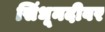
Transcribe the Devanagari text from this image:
सिंधूनदीवर